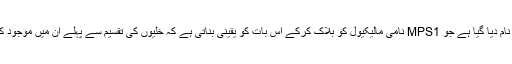
اس دوا کو BOS172722 کا نام دیا گیا ہے جو MPS1 نامی مالیکیول کو بلاک کرکے اس بات کو یقینی بناتی ہے کہ خلیوں کی تقسیم سے پہلے ان میں موجود کروموسومز کی تعداد درست ہو۔